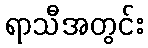
ရာသီအတွင်း